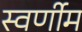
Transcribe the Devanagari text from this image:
स्वर्णीम